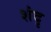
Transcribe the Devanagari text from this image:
शंदृ